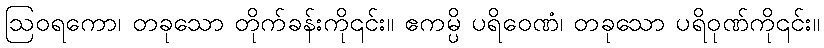
ဩဝရကော၊ တခုသော တိုက်ခန်းကို၎င်း။ ဧကမ္ပိ ပရိဝေဏံ၊ တခုသော ပရိဝုဏ်ကို၎င်း။